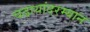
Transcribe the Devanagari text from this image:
चढायांदरम्यान